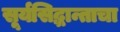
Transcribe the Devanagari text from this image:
सूर्यसिद्धान्ताचा